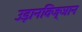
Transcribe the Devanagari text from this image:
उड़ानविज्ञान